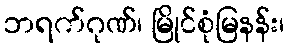
ဘရက်ဂုဏ်၊ မြိုင်စုံမြနန်း၊